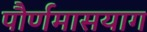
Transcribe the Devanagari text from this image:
पौर्णमासयाग